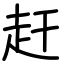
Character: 赶